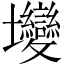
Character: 𡔖